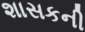
શાસકની